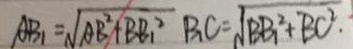
A B _ { 1 } = \sqrt { A B ^ { 2 } + B B _ { 1 } ^ { 2 } } B _ { 1 } C = \sqrt { B B _ { 1 } ^ { 2 } + B C . ^ { 2 } }